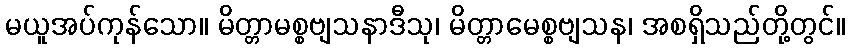
မယူအပ်ကုန်သော။ မိတ္တာမစ္စဗျသနာဒီသု၊ မိတ္တာမေစ္စဗျသန၊ အစရှိသည်တို့တွင်။